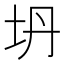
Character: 坍